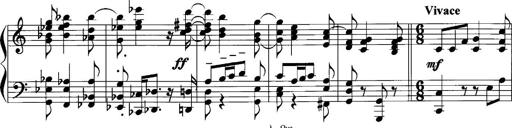
Title: Sonatina No.1
Composer: Otto Stoll
Key: C major